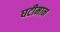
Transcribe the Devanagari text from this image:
घटीमान